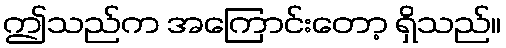
ဤသည်က အကြောင်းတော့ ရှိသည်။